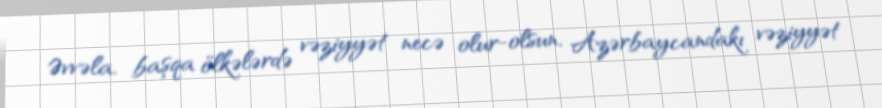
Əvvəla, başqa ölkələrdə vəziyyət necə olur-olsun, Azərbaycandakı vəziyyət